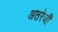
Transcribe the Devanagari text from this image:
अतरेजी